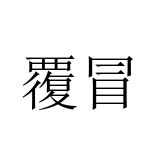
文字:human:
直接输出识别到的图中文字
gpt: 覆冒